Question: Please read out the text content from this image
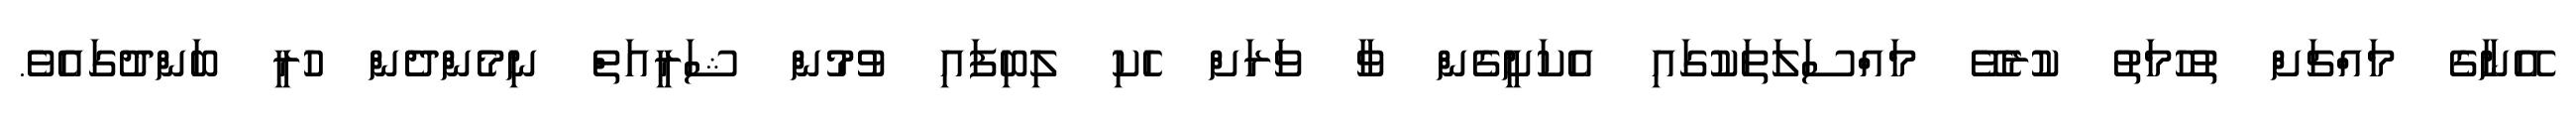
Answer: އޭނާގެ މައްޗަށް ތުހުމަތު ކުރެވޭ މައްސަލަތަކުގައި އެކަށީގެން ވާ ވަރަށް ހެކި ލިބިފައި ވުމުން ޝަރީއަތް ނިމެންދެން ހުރީ ބަންދުގައެވެ.